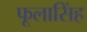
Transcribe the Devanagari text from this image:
फूलासिंह